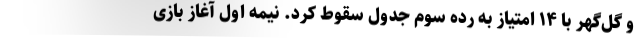
و گل‌گهر با ۱۴ امتیاز به رده سوم جدول سقوط کرد. نیمه اول آغاز بازی